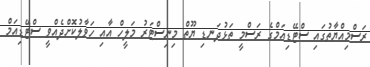
ރަސްމިއްޔާތުގައި ސްޓޭޑިއަމްގެ ރަސްމީ ތަޅުދަނޑި ޔޫތް މިނިސްޓަރު މަލީހް އާއި ހަވާލުކޮށްދެއްވީ ސްޓޭޑިއަމް